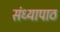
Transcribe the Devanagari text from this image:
संध्यापाठ